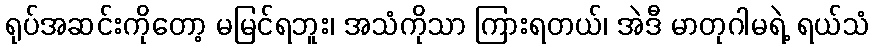
ရုပ်အဆင်းကိုတော့ မမြင်ရဘူး၊ အသံကိုသာ ကြားရတယ်၊ အဲဒီ မာတုဂါမရဲ့ ရယ်သံ